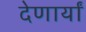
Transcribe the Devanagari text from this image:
देणार्यां